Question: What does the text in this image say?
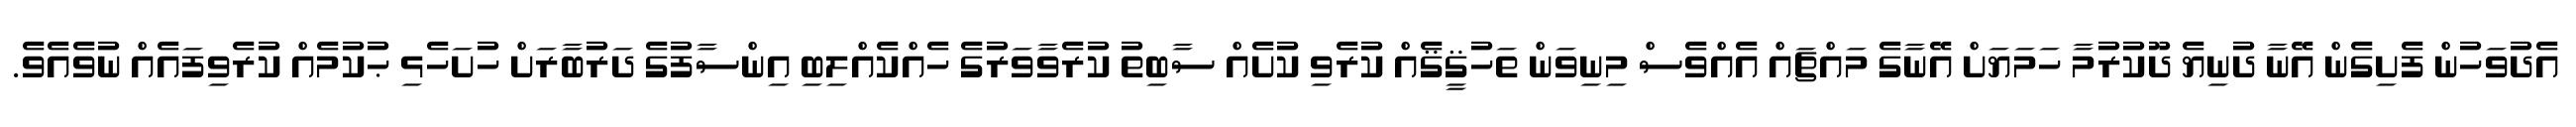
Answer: އެދުވަހުން ފެށިގެން އޭނާ ދުނިޔެ ދޫކުރުމާ ހަމަޔަށް އޭނާގެ މައްޗައް އެއްވެސް މިނިވަން ތަހުޤީޤެއް ކުރެވި ކުށެއް ސާބިތު ކުރެވާވަރުގެ ހެއްކެއްލިބި އިންސާފުގެ ދަރުބާރަށް ހުށަހެޅި ޙުކުމެއް ކުރެވިފައެއް ނުވެއެވެ.